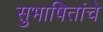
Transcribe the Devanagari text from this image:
सुभाषितांचे